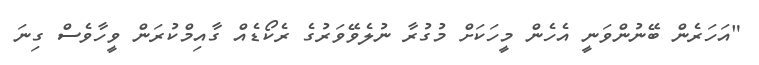
"އަހަރެން ބޭނުންވަނީ އެހެން މީހަކަށް މުގުރާ ނުލެވޭވަރުގެ ރެކޯޑެއް ގާއިމްކުރަން ވީހާވެސް ގިނަ